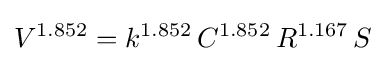
V^{1.852}=k^{1.852}\,C^{1.852}\,R^{1.167}\,S